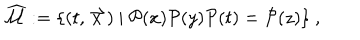
LaTeX: \widehat { { \mathcal { M } } } : = \{ ( t , \stackrel { \rightharpoonup } { x } ) \ | \ { \mathcal { P } } ( x ) { \mathcal { P } } ( y ) { \mathcal { P } } ( t ) = { \mathcal { P } } ( z ) \} \ ,